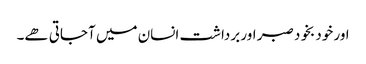
اور خود بخود صبر اور برداشت انسان میں آجاتی ھے۔